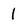
Character: 1